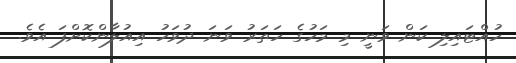
ހުއްޓައިލި ކަން ވަނީ މި މަހުގެ ހަތަރު ވަނަ ދުވަހު އިއުލާންކޮށްފަ އެވެ.